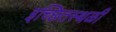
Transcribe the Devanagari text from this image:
इच्छितस्थळी